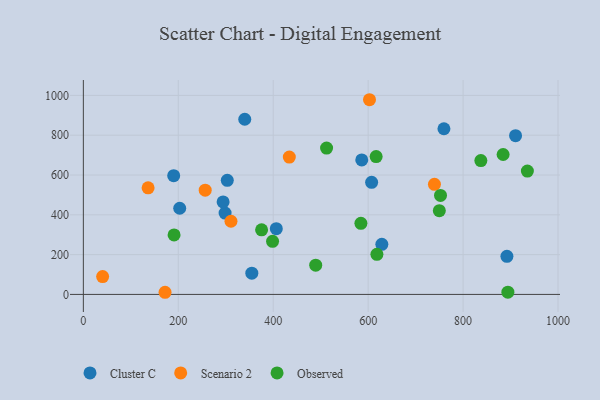
{"axis": {"x": "Speed", "y": "Demand"}, "legend": ["Cluster C", "Observed", "Scenario 2"], "data": [{"x": "586.5", "y": 675.9, "type": "Cluster C"}, {"x": "406.5", "y": 330.6, "type": "Cluster C"}, {"x": "340.0", "y": 880.3, "type": "Cluster C"}, {"x": "892.3", "y": 191.6, "type": "Cluster C"}, {"x": "298.6", "y": 408.6, "type": "Cluster C"}, {"x": "303.2", "y": 573.1, "type": "Cluster C"}, {"x": "607.3", "y": 563.2, "type": "Cluster C"}, {"x": "759.6", "y": 832.4, "type": "Cluster C"}, {"x": "190.3", "y": 596.5, "type": "Cluster C"}, {"x": "628.8", "y": 251.8, "type": "Cluster C"}, {"x": "354.9", "y": 107.0, "type": "Cluster C"}, {"x": "910.5", "y": 797.8, "type": "Cluster C"}, {"x": "203.0", "y": 432.9, "type": "Cluster C"}, {"x": "294.4", "y": 464.9, "type": "Cluster C"}, {"x": "311.0", "y": 367.7, "type": "Scenario 2"}, {"x": "602.8", "y": 978.3, "type": "Scenario 2"}, {"x": "172.1", "y": 10.8, "type": "Scenario 2"}, {"x": "40.6", "y": 89.7, "type": "Scenario 2"}, {"x": "739.6", "y": 553.2, "type": "Scenario 2"}, {"x": "433.9", "y": 690.1, "type": "Scenario 2"}, {"x": "256.7", "y": 523.8, "type": "Scenario 2"}, {"x": "136.4", "y": 535.8, "type": "Scenario 2"}, {"x": "752.4", "y": 497.3, "type": "Observed"}, {"x": "749.9", "y": 420.8, "type": "Observed"}, {"x": "935.4", "y": 620.0, "type": "Observed"}, {"x": "191.1", "y": 299.2, "type": "Observed"}, {"x": "837.4", "y": 672.4, "type": "Observed"}, {"x": "884.3", "y": 703.1, "type": "Observed"}, {"x": "618.4", "y": 201.3, "type": "Observed"}, {"x": "616.8", "y": 692.4, "type": "Observed"}, {"x": "398.6", "y": 266.7, "type": "Observed"}, {"x": "512.4", "y": 735.3, "type": "Observed"}, {"x": "489.5", "y": 147.0, "type": "Observed"}, {"x": "375.5", "y": 324.4, "type": "Observed"}, {"x": "894.3", "y": 11.5, "type": "Observed"}, {"x": "584.7", "y": 357.1, "type": "Observed"}]}